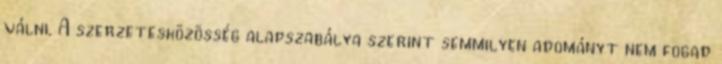
válni. A szerzetesközösség alapszabálya szerint semmilyen adományt nem fogad